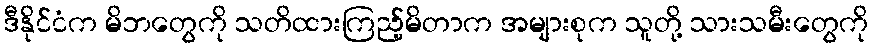
ဒီနိုင်ငံက မိဘတွေကို သတိထားကြည့်မိတာက အများစုက သူတို့ သားသမီးတွေကို